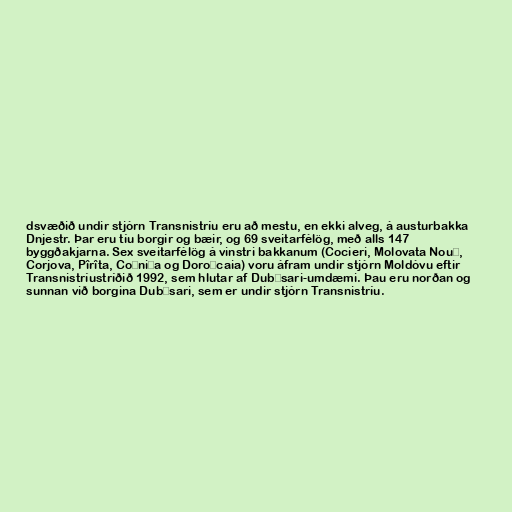
dsvæðið undir stjórn Transnistríu eru að mestu, en ekki alveg, á austurbakka
Dnjestr. Þar eru tíu borgir og bæir, og 69 sveitarfélög, með alls 147
byggðakjarna. Sex sveitarfélög á vinstri bakkanum (Cocieri, Molovata Nouă,
Corjova, Pîrîta, Coșnița og Doroțcaia) voru áfram undir stjórn Moldóvu eftir
Transnistríustríðið 1992, sem hlutar af Dubăsari-umdæmi. Þau eru norðan og
sunnan við borgina Dubăsari, sem er undir stjórn Transnistríu.